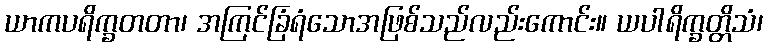
ယာကပရိက္ခတတာ၊ အကြင်ခြံရံသောအဖြစ်သည်လည်းကောင်း။ ယပါရိက္ခတ္တိသံ၊